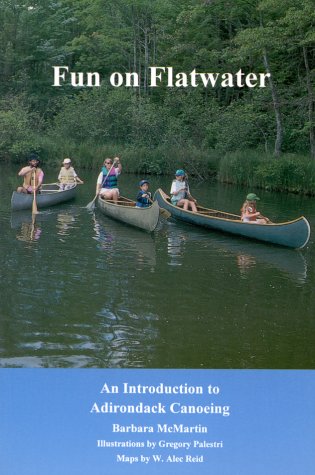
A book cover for Fun on Flatwater: An Introduction to Adirondack Canoeing; Barbara McMartin; Travel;